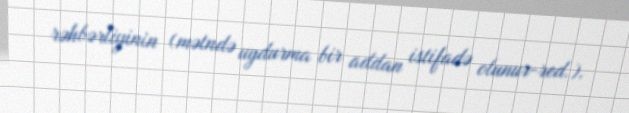
rəhbərliyinin (mətndə uydurma bir addan istifadə olunur-red.).